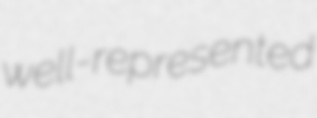
well-represented